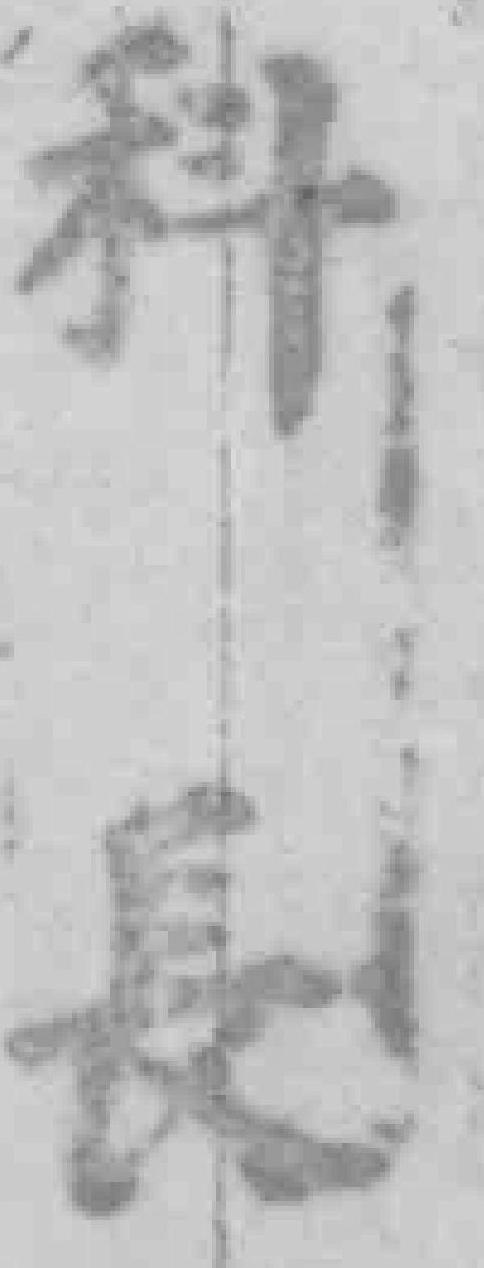
科長